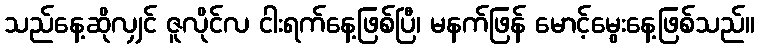
သည်နေ့ဆိုလျှင် ဇူလိုင်လ ငါးရက်နေ့ဖြစ်ပြီ၊ မနက်ဖြန် မောင့်မွေးနေ့ဖြစ်သည်။